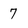
Character: 7